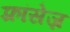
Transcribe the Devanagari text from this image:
फ़्रांसेज़